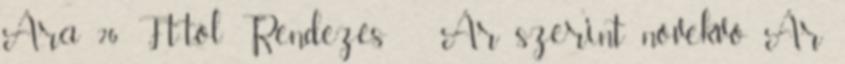
Ára 26 Ft-tól Rendezés Ár szerint növekvő Ár